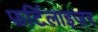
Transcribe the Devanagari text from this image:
फ़र्टिलाइज़र